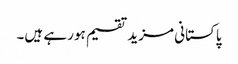
پاکستانی مزید تقسیم ہورہے ہیں۔